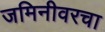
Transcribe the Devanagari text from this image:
जमिनीवरचा